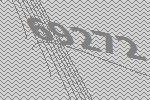
69272